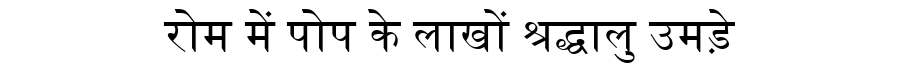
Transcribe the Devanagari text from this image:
रोम में पोप के लाखों श्रद्धालु उमड़े